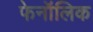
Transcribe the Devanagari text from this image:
फेनॉलिक